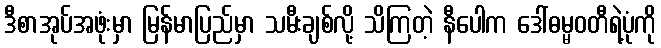
ဒီစာအုပ်အဖုံးမှာ မြန်မာပြည်မှာ သမီးချစ်လို့ သိကြတဲ့ နီပေါက ဒေါ်ဓမ္မဝတီရဲ့ပုံကို